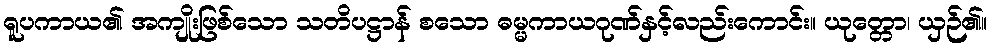
ရူပကာယ၏ အကျိုးဖြစ်သော သတိပဋ္ဌာန် စသော ဓမ္မကာယဂုဏ်နှင့်လည်းကောင်း။ ယုတ္တော၊ ယှဉ်၏။